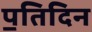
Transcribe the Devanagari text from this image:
प॒तिदिन